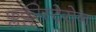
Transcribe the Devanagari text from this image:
फ्लक्लीस्टेरोन